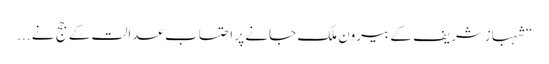
“ شہبازشریف کے بیرون ملک جانے پر احتساب عدالت کے جج نے ...